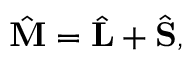
\begin{array} { r } { \hat { \bf M } = \hat { \bf L } + \hat { \bf S } , } \end{array}